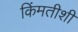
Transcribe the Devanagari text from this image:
किंमतीशी